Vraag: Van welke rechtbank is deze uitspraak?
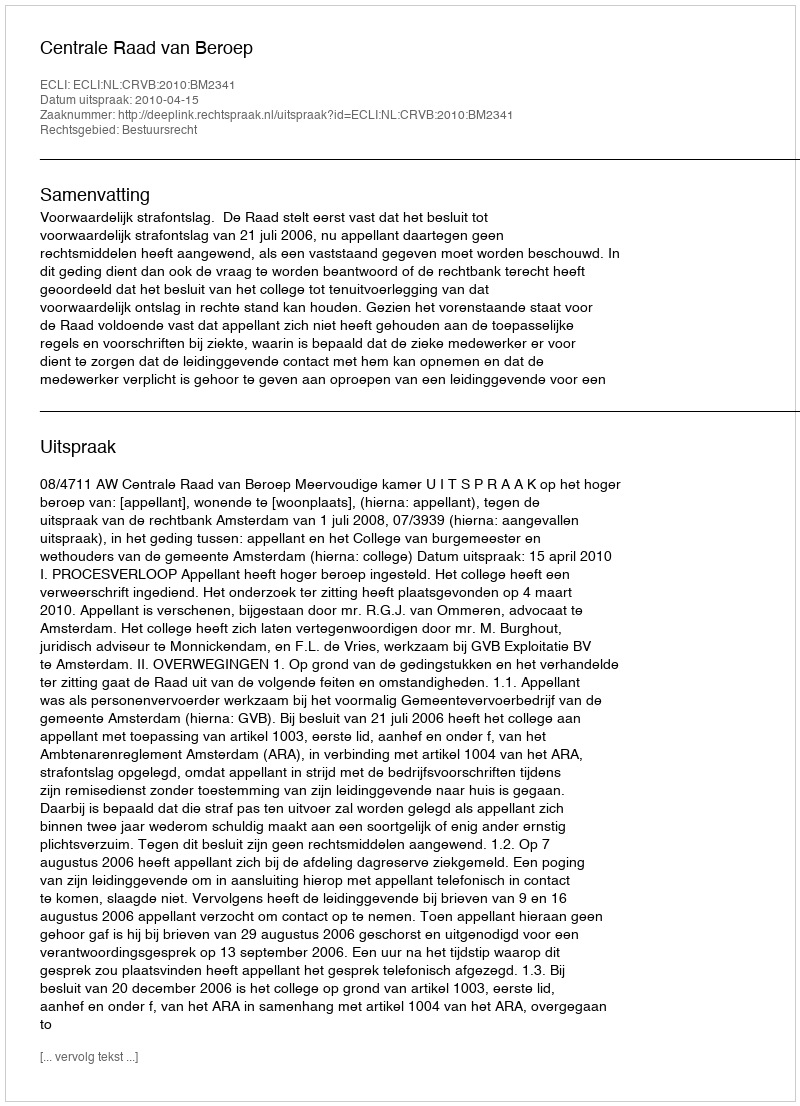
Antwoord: Centrale Raad van Beroep